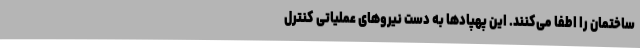
ساختمان را اطفا می‌کنند. این پهپادها به دست نیروهای عملیاتی کنترل